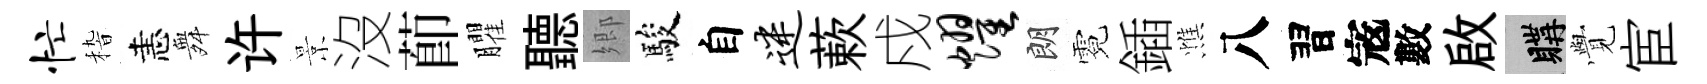
忙𥟵恚舞许景沒莭臞聽郷駿自迷蔌戍耀朗霓鍤憔八習𡨥數啟購𮗜宦